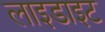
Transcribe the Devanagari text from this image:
लाइडाइट